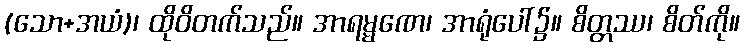
(သော+အယံ)၊ ထိုဝိတက်သည်။ အာရမ္မဏေ၊ အာရုံပေါ်၌။ စိတ္တဿ၊ စိတ်ကို။